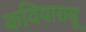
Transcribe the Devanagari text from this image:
कवियारासू